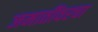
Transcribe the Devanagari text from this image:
जमातींवरचा